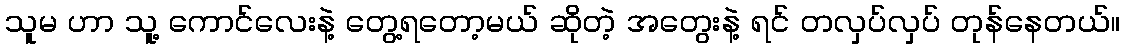
သူမ ဟာ သူ့ ကောင်လေးနဲ့ တွေ့ရတော့မယ် ဆိုတဲ့ အတွေးနဲ့ ရင် တလှပ်လှပ် တုန်နေတယ်။